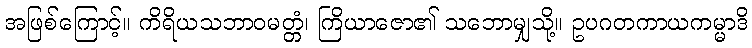
အဖြစ်ကြောင့်။ ကိရိယသဘာဝမတ္တံ၊ ကြိယာဇော၏ သဘောမျှသို့။ ဥပဂတကာယကမ္မာဒိ